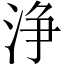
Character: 浄